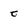
Character: t